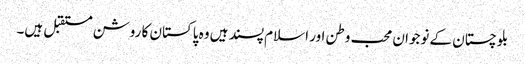
بلوچستان کے نوجوان محب وطن اور اسلام پسند ہیں وہ پاکستان کا روشن مستقبل ہیں۔